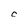
Character: C